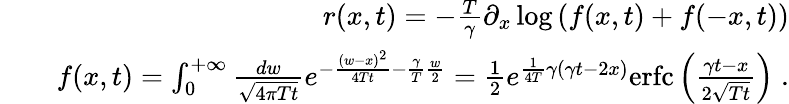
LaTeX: \begin{array}{rlr}&{}&{r(x,t)=-\frac{T}{\gamma}\partial_{x}\log\left(f(x,t)+f(-x,t)\right)}\\ &{}&{f(x,t)=\int_{0}^{+\infty}\frac{dw}{\sqrt{4\pi Tt}}e^{-\frac{(w-x)^{2}}{4Tt}-\frac{\gamma}{T}\frac{w}{2}}=\frac{1}{2}e^{\frac{1}{4T}\gamma(\gamma t-2x)}\mathrm{erfc}\left(\frac{\gamma t-x}{2\sqrt{Tt}}\right)\; .}\end{array}